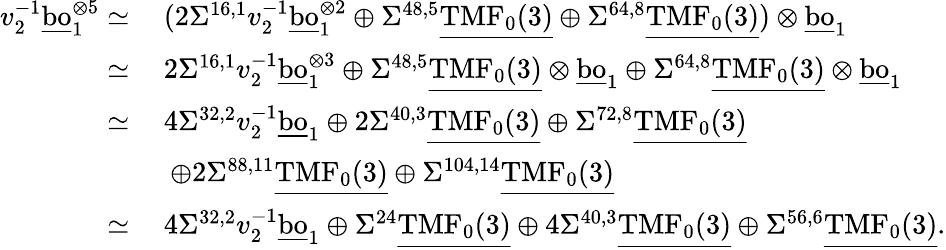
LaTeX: \begin{array}{rl}{v_{2}^{-1}\underline{{\mathrm{bo}}}_{1}^{\otimes{5}}\simeq\: }&{(2\Sigma^{16,1}v_{2}^{-1}\underline{{\mathrm{bo}}}_{1}^{\otimes{2}}\oplus\Sigma^{48,5}\underline{{\mathrm{TMF}_{0}(3)}}\oplus\Sigma^{64,8}\underline{{\mathrm{TMF}_{0}(3)}})\otimes\underline{{\mathrm{bo}}}_{1}}\\ {\simeq\: }&{2\Sigma^{16,1}v_{2}^{-1}\underline{{\mathrm{bo}}}_{1}^{\otimes{3}}\oplus\Sigma^{48,5}\underline{{\mathrm{TMF}_{0}(3)}}\otimes\underline{{\mathrm{bo}}}_{1}\oplus\Sigma^{64,8}\underline{{\mathrm{TMF}_{0}(3)}}\otimes\underline{{\mathrm{bo}}}_{1}}\\ {\simeq\: }&{4\Sigma^{32,2}v_{2}^{-1}\underline{{\mathrm{bo}}}_{1}\oplus 2\Sigma^{40,3}\underline{{\mathrm{TMF}_{0}(3)}}\oplus\Sigma^{72,8}\underline{{\mathrm{TMF}_{0}(3)}}}\\ &{\: \oplus 2\Sigma^{88,11}\underline{{\mathrm{TMF}_{0}(3)}}\oplus\Sigma^{104,14}\underline{{\mathrm{TMF}_{0}(3)}}}\\ {\simeq\: }&{4\Sigma^{32,2}v_{2}^{-1}\underline{{\mathrm{bo}}}_{1}\oplus\Sigma^{24}\underline{{\mathrm{TMF}_{0}(3)}}\oplus 4\Sigma^{40,3}\underline{{\mathrm{TMF}_{0}(3)}}\oplus\Sigma^{56,6}\underline{{\mathrm{TMF}_{0}(3)}}.}\end{array}